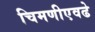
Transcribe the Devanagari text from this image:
चिमणीएवढे